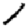
Digit: 1